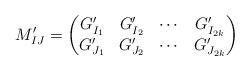
LaTeX: \begin{align*}M_{IJ}^\prime=\begin{pmatrix}G_{I_1}^\prime & G_{I_2}^\prime & \cdots & G_{I_{2k}}^\prime\\G_{J_1}^\prime & G_{J_2}^\prime & \cdots & G_{J_{2k}}^\prime\end{pmatrix}\end{align*}